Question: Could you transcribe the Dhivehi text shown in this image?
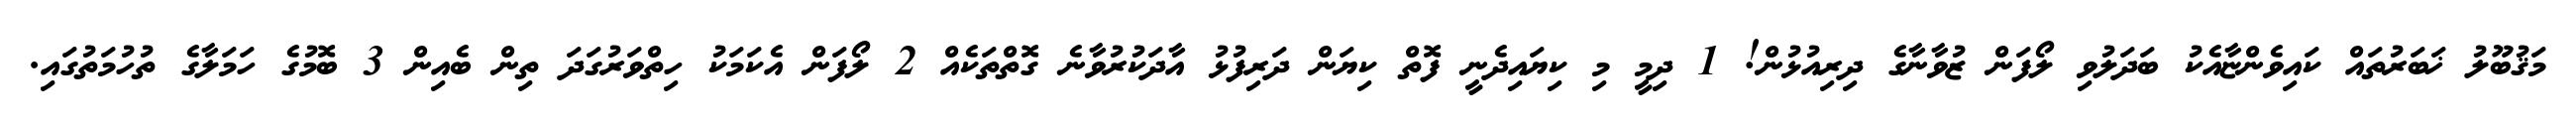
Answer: މަޤުބޫލު ޚަބަރުތައް ކައިވެންޏާއެކު ބަދަލުވި ލޯފަން ޒުވާނާގެ ދިރިއުޅުން! 1 ދިމީ މި ކިޔައިދެނީ ފޮތް ކިޔަން ދަރިފުޅު އާދަކުރުވާނެ ގޮތްތަކެއް 2 ލޯފަން އެކަމަކު ހިތްވަރުގަދަ ތިން ބެއިން 3 ބޮމުގެ ހަމަލާގެ ތުހުމަތުގައި.